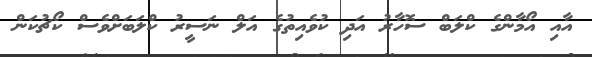
އާއި އޯމާންގެ ކްލަބް ސޮހާރު އަދި ކުވެއިތުގެ އަލް ނަސީރު ކްލަބަށްވެސް ކޯޗުކަން